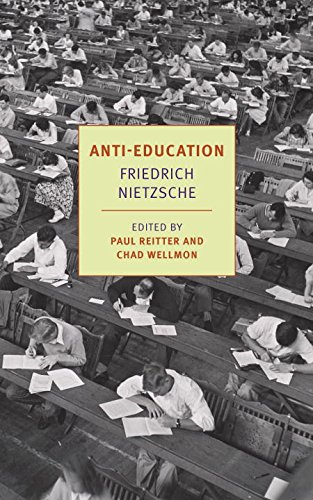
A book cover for Anti-Education: On the Future of Our Educational Institutions; Friedrich Nietzsche; Politics & Social Sciences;